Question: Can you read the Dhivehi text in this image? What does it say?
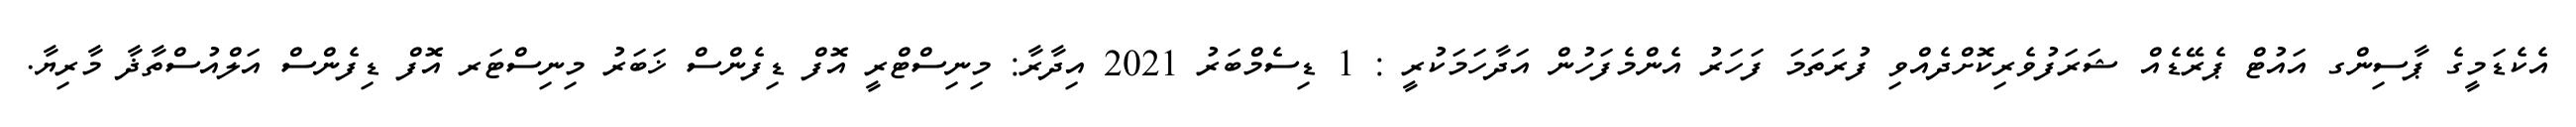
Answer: އެކެޑަމީގެ ޕާސިންގ އައުޓް ޕެރޭޑެއް ޝަރަފުވެރިކޮށްދެއްވި ފުރަތަމަ ފަހަރު އެންމެފަހުން އަދާހަމަކުރީ : 1 ޑިސެމްބަރު 2021 އިދާރާ: މިނިސްޓްރީ އޮފް ޑިފެންސް ޚަބަރު މިނިސްޓަރ އޮފް ޑިފެންސް އަލްއުސްތާޛާ މާރިޔާ.